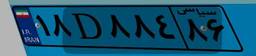
۱۸D۸۷۱۵۴